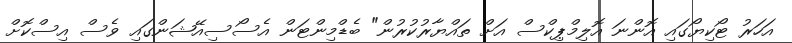
އަހަރު ޓޯކިޔޯގައި އޮންނަ އޮލިމްޕިކްސް އަށް ތައްޔާރުކުރުން" ބެޑްމިންޓަން އެސޯސިއޭޝަންގައި ވެސް އިސްކޮށް